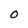
Character: 0